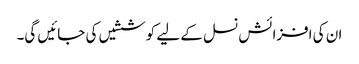
ان کی افزائش نسل کے لیے کوششیں کی جائیں گی۔